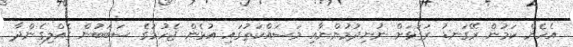
އެހެން ކަމުން ރޭގަނޑު ރަގަޅަށް ނުނިދުމުންނާއި މަސައްކަތުގައި އުޅެން ޖެހުމުގެ ސަބަބުން ގެއްލިގެންދާ